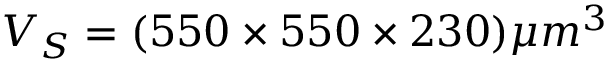
V _ { S } = ( 5 5 0 \times 5 5 0 \times 2 3 0 ) \mu m ^ { 3 }